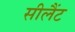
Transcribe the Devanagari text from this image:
सीलैंट